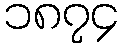
၁၈၇၄